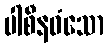
ပါစီနဝံသော